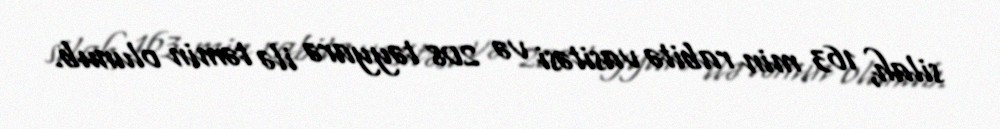
silah, 163 min rabitə vasitəsi və 208 təyyarə ilə təmin olunub.